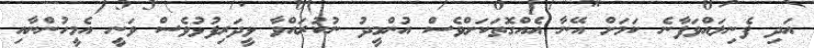
އަދި ފެނިލައްވަފާނެ ކަމަށް އޭނާ އެއްގޮތަކަށްވެސް އުންމީދު ނުކުރައްވާ ޅީދަރިފުޅުވެސް ވަނީ އެމީހުންނާއި